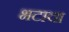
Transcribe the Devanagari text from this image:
भटाचा